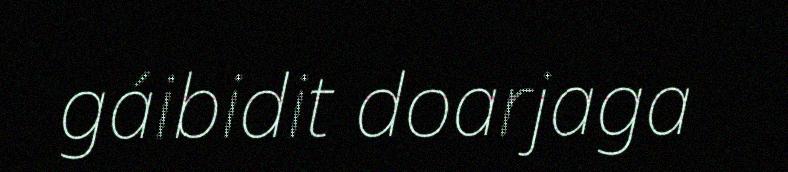
gáibidit doarjaga